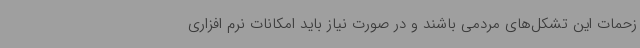
زحمات این تشکل‌های مردمی باشند و در صورت نیاز باید امکانات نرم افزاری